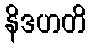
နိဒဟတိ